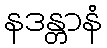
နဒန္တာနံ